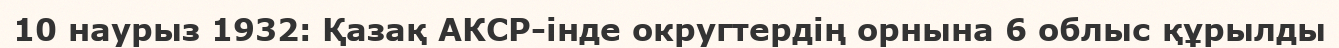
10 наурыз 1932: Қазақ АКСР-інде округтердің орнына 6 облыс құрылды